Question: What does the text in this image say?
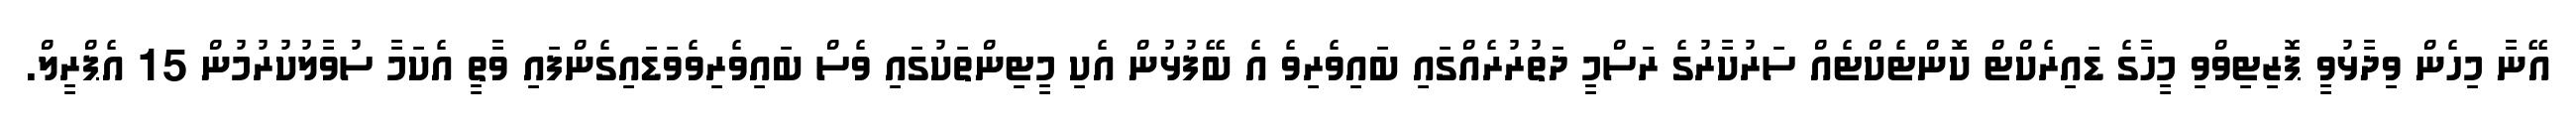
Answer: އޭނާ މިހެން ވިދާޅުވީ ޕޮޒިޓިވްވި މީހާގެ ޑައިރެކްޓް ކޮންޓެކްޓެއް ސަރުކާރުގެ ރަސްމީ ދަތުރުރެއްގައި ބައިވެރިވެ އެ ބޭފުޅުން އެކި މީޓިންތަކުގައި ވެސް ބައިވެރިވެވަޑައިގެންފައި ވާތީ އެކަމާ ސުވާލުކުރުމުން 15 އެޕްރީލް.